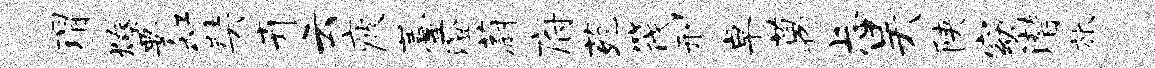
瑁燎要缸奘卉云疲薹澄蔚府苑筏刑卓葛忐吴陕窈潜旅